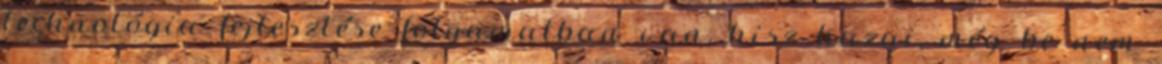
technológia fejlesztése folyamatban van, hisz hazai, még be nem